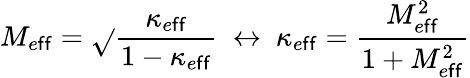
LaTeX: M_{e\mathsf{f}\mathsf{f}}=\sqrt{}{{\frac{{\kappa_{e\mathsf{f}\mathsf{f}}}}{{1-\kappa_{e\mathsf{f}\mathsf{f}}}}}}~\leftrightarrow~\kappa_{e\mathsf{f}\mathsf{f}}=\frac{{M_{e\mathsf{f}\mathsf{f}}^{2}}}{{1+M_{e\mathsf{f}\mathsf{f}}^{2}}}